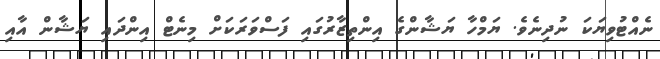
ނެއްޓުވިޔަކަ ނުދިނެވެ. ޔަމްހާ ޔަޝާންގެ އިންތިޒާރުގައި ފަސްވަރަކަށް މިނެޓް އިންދައި ޔަޝާން އާއި